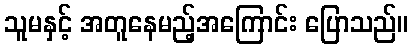
သူမနှင့် အတူနေမည့်အကြောင်း ပြောသည်။